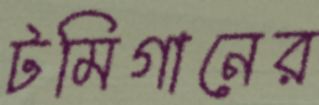
টমিগানের